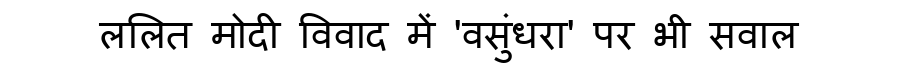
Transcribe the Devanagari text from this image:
ललित मोदी विवाद में 'वसुंधरा' पर भी सवाल